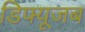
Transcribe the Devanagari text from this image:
डिफ्यूजब